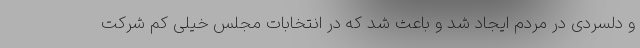
و دلسردی در مردم ایجاد شد و باعث شد که در انتخابات مجلس خیلی کم شرکت